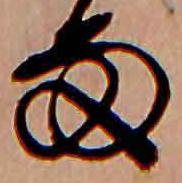
雨